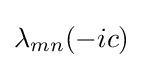
\lambda _{mn}(-ic)